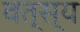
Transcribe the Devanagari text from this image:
वत्स्य